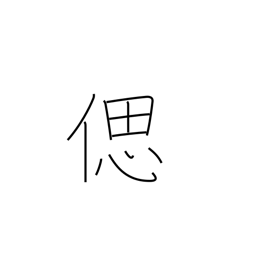
Meaning: recollect